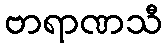
ဗာရာဏသီ